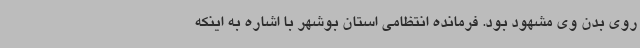
روی بدن وی مشهود بود. فرمانده انتظامی استان بوشهر با اشاره به اینکه